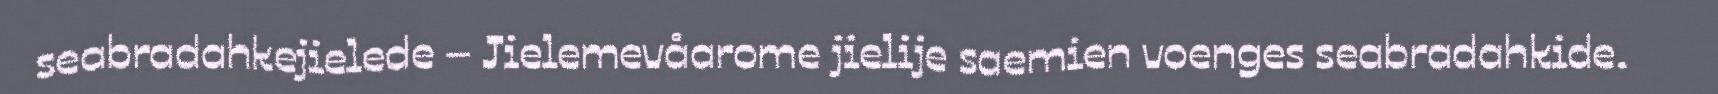
seabradahkejielede – Jielemevåarome jielije saemien voenges seabradahkide.